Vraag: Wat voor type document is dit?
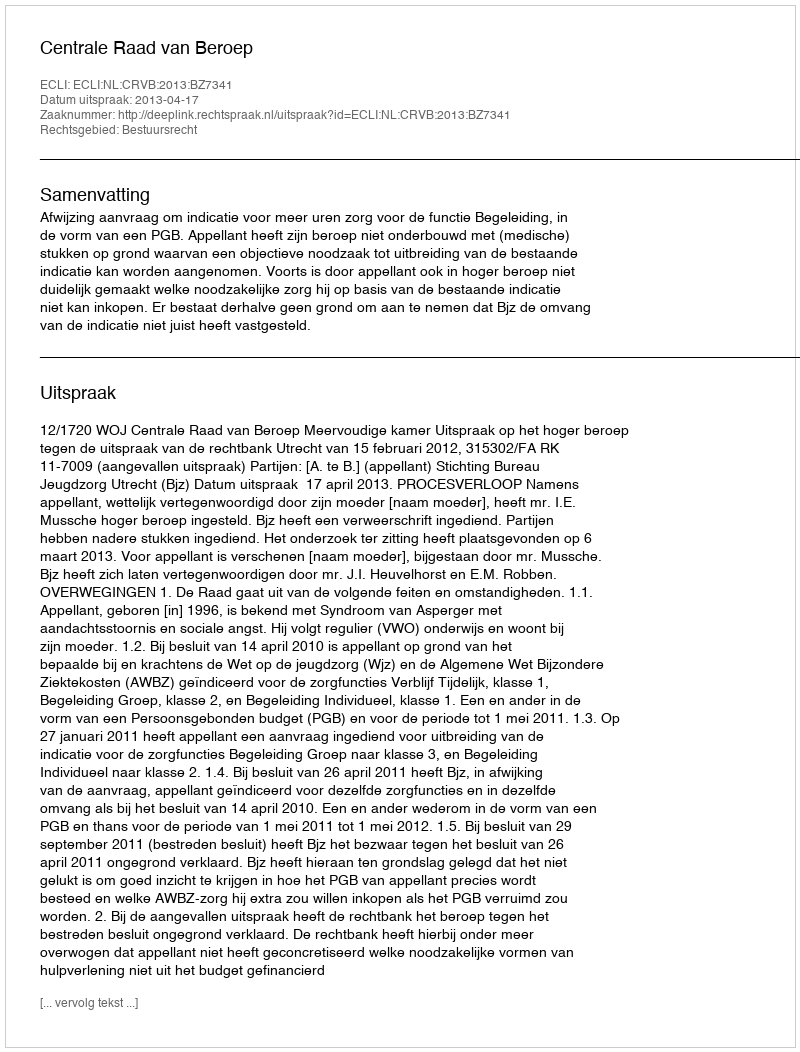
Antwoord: Uitspraak